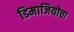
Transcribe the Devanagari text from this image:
डिमाजियोचा